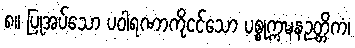
၈။ ပြုအပ်သော ပဝါရဏာကိုငင်သော ပစ္စုက္ကဍ္ဎနဉတ္တိကံ၊